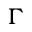
\Gamma